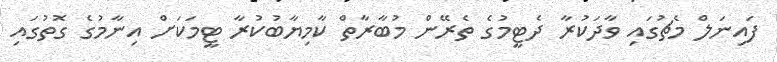
ފައިނަލް މެޗުގައި ވާދަކުރާ ދެޓީމުގެ ތެރޭން މުބާރާތް ކާމިޔާބުކުރާ ޓީމަކަށް އިނާމުގެ ގޮތުގައި